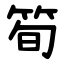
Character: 筍